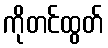
ကိုတင်ထွတ်